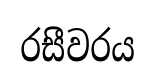
රසීවරය